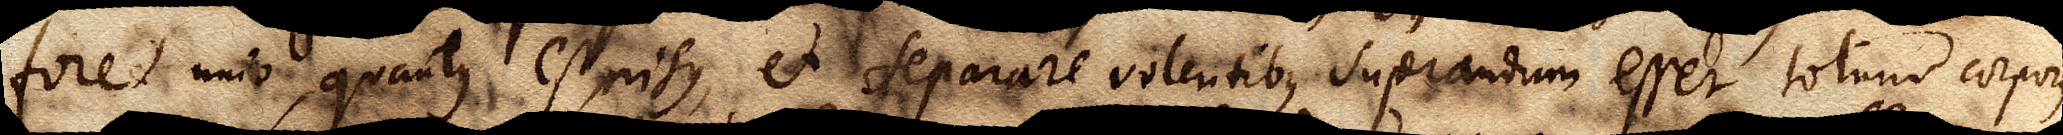
foret unio, quantus est nisus, et separare volentibus superandum esset totum corporis